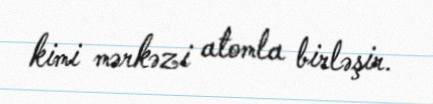
kimi mərkəzi atomla birləşir.